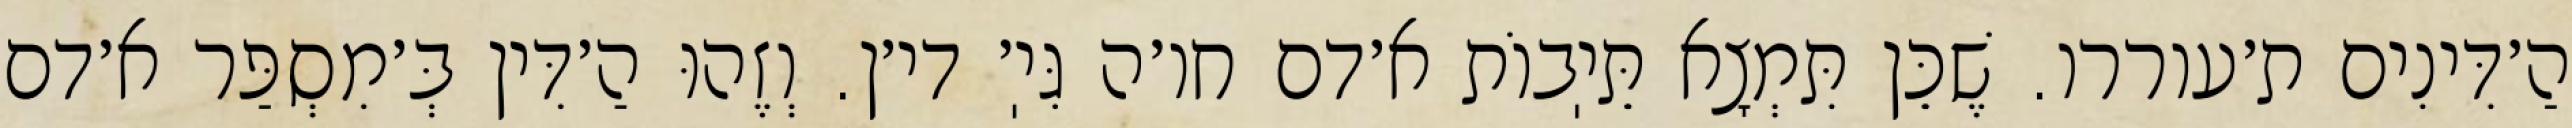
הַ׳דִּינִים ת׳עוררו. שֶׁכֵּן תִּמְצָא תֵּיֽבוֹת א׳דם חו׳ה גִּיֽ׳ די׳ן. וְזֶהוּ הַ׳דִּין בְּ׳מִסְפַּר א׳דם